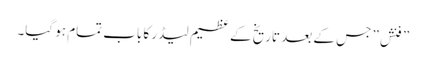
” فنش” جس کے بعد تاریخ کے عظیم لیڈر کا باب تمام ہو گیا۔